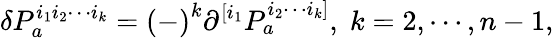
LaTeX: \delta P_{a}^{i_{1}i_{2}\cdots i_{k}}=\left(-\right)^{k}\partial^{[i_{1}}P_{a}^{i_{2}\cdots i_{k}]},\; k=2,\cdots,n-1,